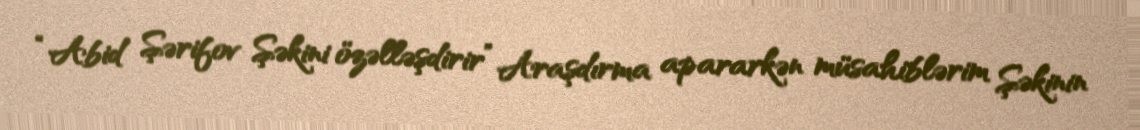
“Abid Şərifov Şəkini özəlləşdirir” Araşdırma apararkən müsahiblərim Şəkinin